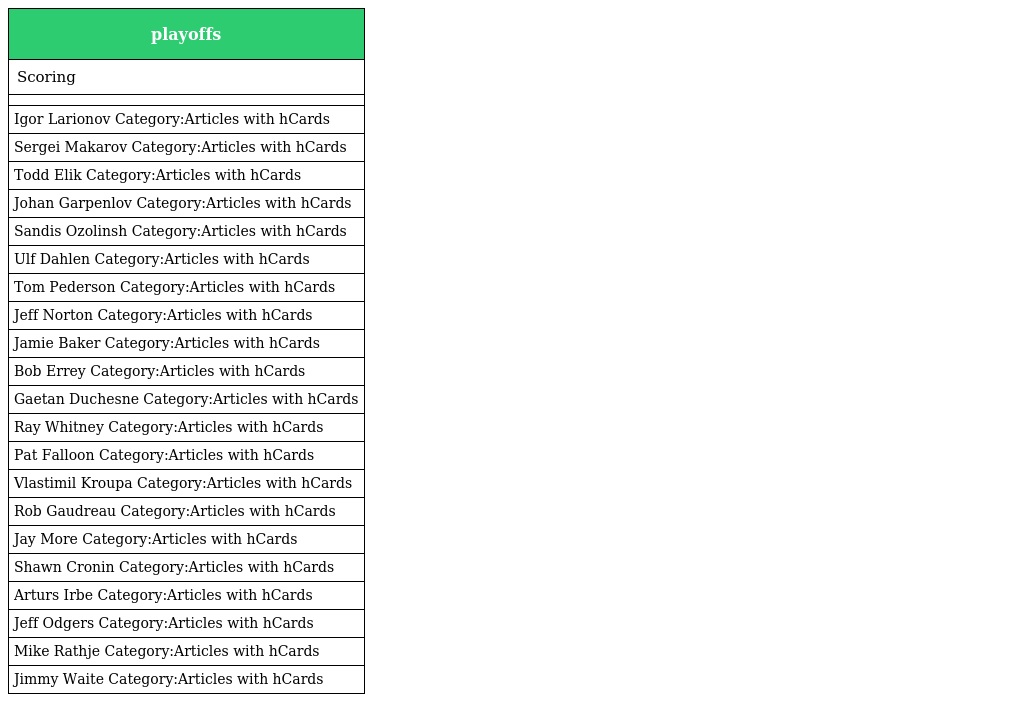
| playoffs |
 | --- |
 | Scoring |
 |  |
 | Igor Larionov Category:Articles with hCards |
 | Sergei Makarov Category:Articles with hCards |
 | Todd Elik Category:Articles with hCards |
 | Johan Garpenlov Category:Articles with hCards |
 | Sandis Ozolinsh Category:Articles with hCards |
 | Ulf Dahlen Category:Articles with hCards |
 | Tom Pederson Category:Articles with hCards |
 | Jeff Norton Category:Articles with hCards |
 | Jamie Baker Category:Articles with hCards |
 | Bob Errey Category:Articles with hCards |
 | Gaetan Duchesne Category:Articles with hCards |
 | Ray Whitney Category:Articles with hCards |
 | Pat Falloon Category:Articles with hCards |
 | Vlastimil Kroupa Category:Articles with hCards |
 | Rob Gaudreau Category:Articles with hCards |
 | Jay More Category:Articles with hCards |
 | Shawn Cronin Category:Articles with hCards |
 | Arturs Irbe Category:Articles with hCards |
 | Jeff Odgers Category:Articles with hCards |
 | Mike Rathje Category:Articles with hCards |
 | Jimmy Waite Category:Articles with hCards |